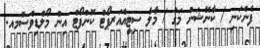
ފެންކަނި / ކާނޭޝަން މަގު / މާލެ ސިޓީއެއަރޕޯޓް ކޮންފޯޓް އިން މޯލްޑިވްސްމއ.